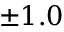
\pm 1 . 0